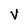
Character: V